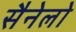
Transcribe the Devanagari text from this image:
सैनेलो